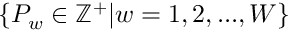
\{ P _ { w } \in \mathbb { Z } ^ { + } | w = 1 , 2 , . . . , W \}